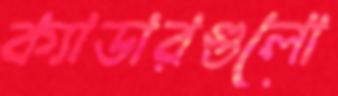
ক্যাডারগুলো